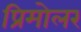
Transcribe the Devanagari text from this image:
प्रिमोलर